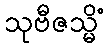
သုဗီဇသ္မိံ